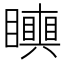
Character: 𥌪